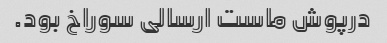
درپوش ماست ارسالی سوراخ بود.